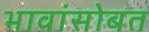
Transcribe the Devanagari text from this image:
भावांसोबत